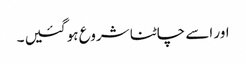
اور اسے چاٹنا شروع ہو گئیں ۔